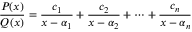
{ \frac { P ( x ) } { Q ( x ) } } = { \frac { c _ { 1 } } { x - \alpha _ { 1 } } } + { \frac { c _ { 2 } } { x - \alpha _ { 2 } } } + \cdots + { \frac { c _ { n } } { x - \alpha _ { n } } }